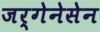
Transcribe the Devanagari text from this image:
जर्गेनेसेन